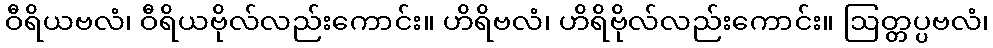
ဝီရိယဗလံ၊ ဝီရိယဗိုလ်လည်းကောင်း။ ဟိရိဗလံ၊ ဟိရိဗိုလ်လည်းကောင်း။ ဩတ္တပ္ပဗလံ၊